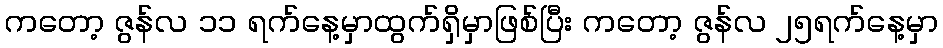
ကတော့ ဇွန်လ ၁၁ ရက်နေ့မှာထွက်ရှိမှာဖြစ်ပြီး ကတော့ ဇွန်လ ၂၅ရက်နေ့မှာ